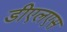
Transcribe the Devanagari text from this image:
डीएलएस